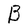
Character: B